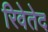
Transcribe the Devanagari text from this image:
रिवेतेद